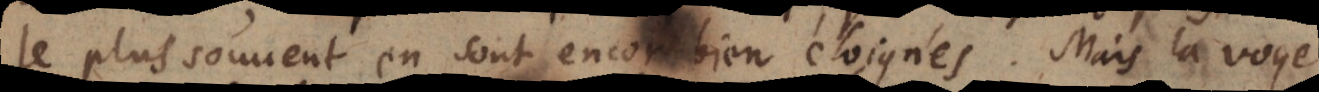
le plus souvent en sont encor bien eloignés. Mais celle